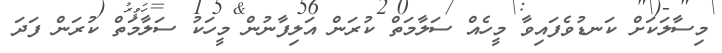
މިސާލަކަށް ކަނޑުވެފައިވާ މީހެއް ސަލާމަތް ކުރަން އަލިފާނުން މީހަކު ސަލާމަތް ކުރަން ފަދަ